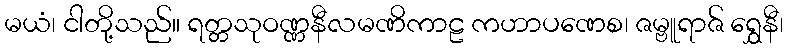
မယံ၊ ငါတို့သည်။ ရတ္တသုဝဏ္ဏနီလမဏိကာဠ ကဟာပဏေစ၊ ဇမ္ဗူရာဇ် ရွှေနီ၊